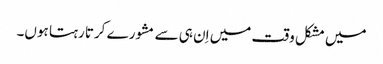
میں مشکل وقت میں اِن ہی سے مشورے کرتا رہتا ہوں۔